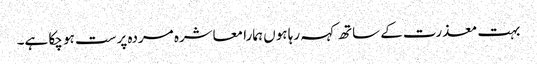
بہت معذرت کے ساتھ کہہ رہا ہوں ہمارا معاشرہ مردہ پرست ہو چکا ہے۔